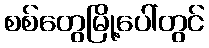
စစ်တွေမြို့ပေါ်တွင်